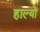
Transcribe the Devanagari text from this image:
हाल्‍यो